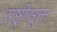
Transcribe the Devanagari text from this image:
राष्ट्रीसूक्त